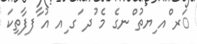
ަރ ްއ ިޔތު ްނގެ މެ ުދ ަގ ިއ އު ާފފާތިކަ